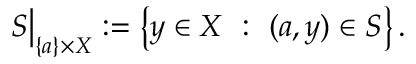
S { \big \vert } _ { \{ a \} \times X } : = \left\{ y \in X ~ : ~ ( a , y ) \in S \right\} .